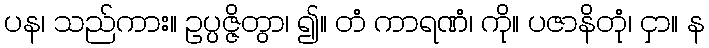
ပန၊ သည်ကား။ ဥပ္ပဇ္ဇိတွာ၊ ၍။ တံ ကာရဏံ၊ ကို။ ပဇာနိတုံ၊ ငှာ။ န